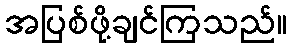
အပြစ်ဖို့ချင်ကြသည်။